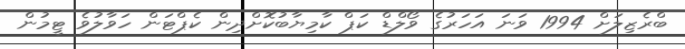
ބްރެޒިލަށް 1994 ވަނަ އަހަރުގެ ވޯލްޑް ކަޕް ކާމިޔާބުކޮށްދިން ކެޕްޓަން ހަވާލުވެ ޓީމުން